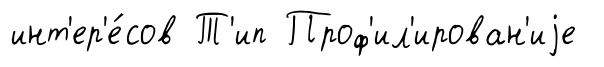
инт'ер'е́сов Т'ип Проф'ил'ирован'иjе